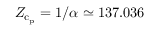
Z _ { \mathrm { c } _ { \mathrm { p } } } = 1 / \alpha \simeq 1 3 7 . 0 3 6